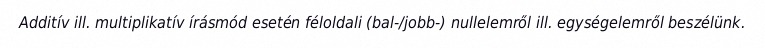
Additív ill. multiplikatív írásmód esetén féloldali (bal-/jobb-) nullelemről ill. egységelemről beszélünk.